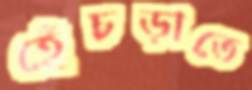
হেঁচড়াতে